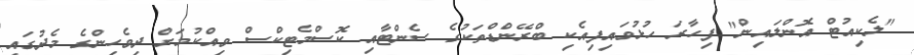
"ލެކިއުޓް އޮންލައިން" ފިހާރަ ހުޅުވައިފިއެކި ބްރޭންޑްތަކުގެ ސެންޓާއި ކޮސްމެޓިކްސް ވިއްކުމަށް ދިވެހިންގެ މެދުގައި